Madras plague regulations in force outside the Presidency town - Volume 5
Disease focus: Plague
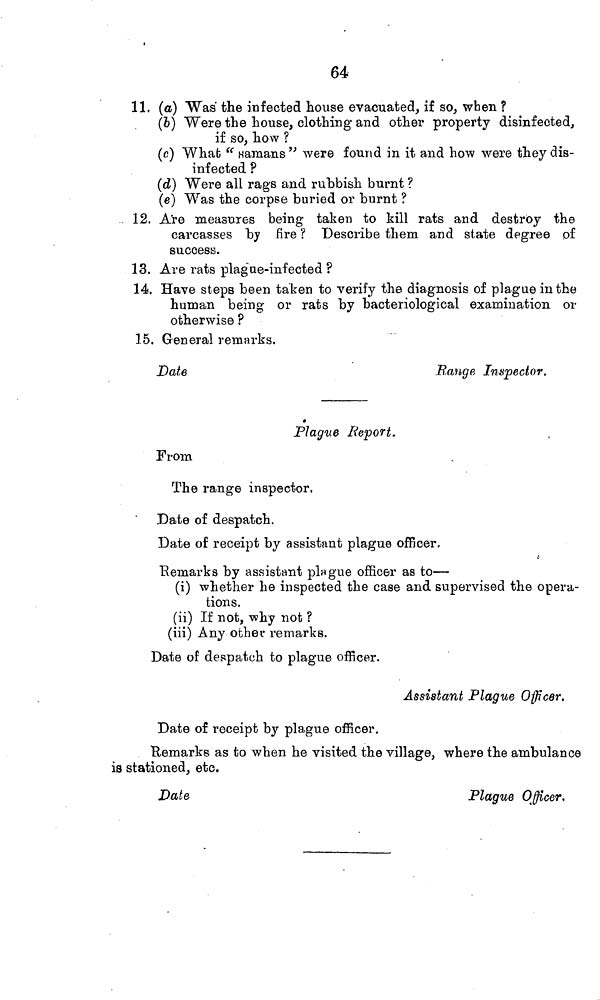
64
11. (a) Was the infected house evacuated, if so, when ?
(b) Were the house, clothing and other property disinfected,
if so, how ?
(c) What " samans " were found in it and how were they dis-
infected ?
(d) Were all rags and rubbish burnt ?
(e) Was the corpse buried or burnt ?
12. Are measures being taken to kill rats and destroy the
carcasses by fire ? Describe them and state degree of
success.
13. Are rats plague-infected ?
14. Have steps been taken to verify the diagnosis of plague in the
human being or rats by bacteriological examination or
otherwise ?
15. General remarks,
Date
Range Inspector.
Plague Report.
From
The range inspector.
Date of despatch.
Date of receipt by assistant plague officer.
Remarks by assistant plague officer as to—
(i) whether he inspected the case and supervised the opera-
tions.
(ii) If not, why not ?
(iii) Any other remarks.
Date of despatch to plague officer.
Assistant Plague Officer.
Date of receipt by plague officer.
Remarks as to when he visited the village, where the ambulance
is stationed, etc.
Date
Plague Officer.